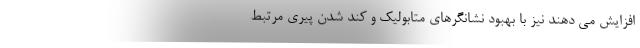
افزایش می دهند نیز با بهبود نشانگرهای متابولیک و کند شدن پیری مرتبط